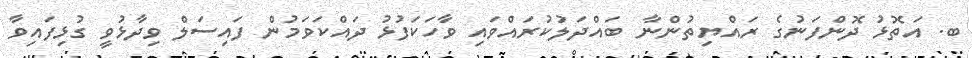
ބ. އަތޮޅު ދޮންފަނުގެ ރައްޔިތުންނާ ބައްދަލުކުރައްވައި ވާހަކަފުޅު ދައްކަވަމުން ފައިސަލް ވިދާޅުވީ ގުޅިފައިވާ